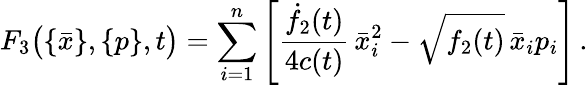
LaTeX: F_{3}\big(\{ \bar{x}\} ,\{ p\} ,t\big)=\sum_{i=1}^{n}\left[\frac{\dot{f}_{2}(t)}{4c(t)}\, \bar{x}_{i}^{2}-\sqrt{f_{2}(t)}\, \bar{x}_{i}p_{i}\right]\, .